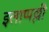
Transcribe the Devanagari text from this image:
इलाप्पल्ली